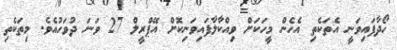
ހޯދާފައިވަނީ އެތަކެތި އެހެން މީހަކަށް ވިއްކާލާފައިވަނިކޮށް އޭޕްރީލް 27 ވަނަ ދުވަހުއެވެ. މިތަކެތި